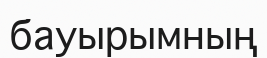
бауырымның